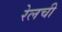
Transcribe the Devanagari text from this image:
रेलची